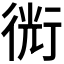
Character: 𧗯